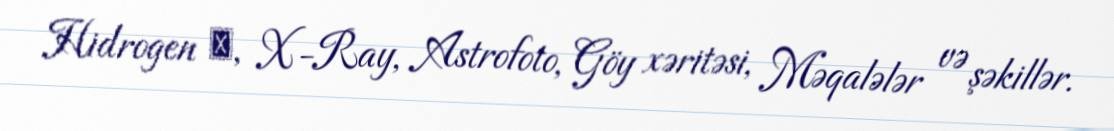
Hidrogen α, X-Ray, Astrofoto, Göy xəritəsi, Məqalələr və şəkillər.